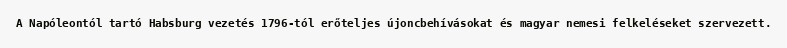
A Napóleontól tartó Habsburg vezetés 1796-tól erőteljes újoncbehívásokat és magyar nemesi felkeléseket szervezett.